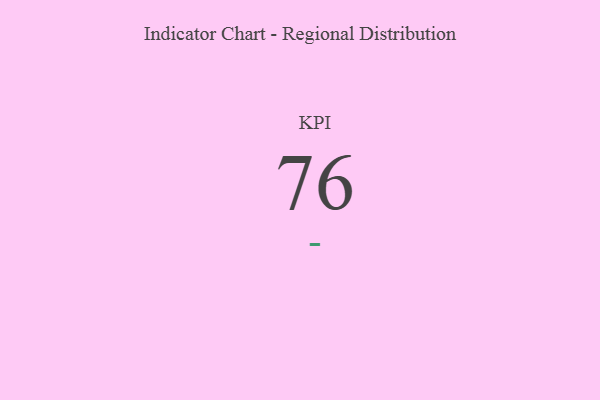
{"axis": {"x": "KPI", "y": "Value"}, "legend": [""], "data": [{"x": "KPI", "y": 76, "type": ""}]}